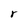
Character: r